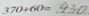
3 7 0 + 6 0 = 4 3 0